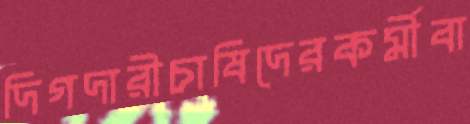
দিগদারীচাষিদেরকর্মীবা